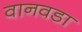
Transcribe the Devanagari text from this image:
वानवडा